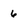
Character: 6